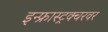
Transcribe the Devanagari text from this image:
इन्फ्रास्ट्रक्चरवर